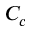
C _ { c }